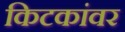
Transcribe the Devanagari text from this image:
किटकांवर